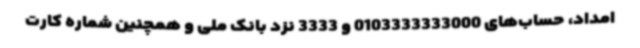
امداد، حساب‌های 0103333333000 و 3333 نزد بانک ملی و همچنین شماره کارت